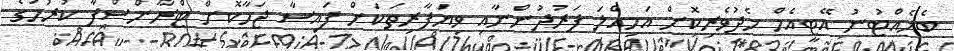
ބެހެއްޓުނު އޭޓީއެމް މެދުވެރިކޮށް އަމިއްލަ ފަރުދުންނާއި ވިޔަފާރިތަކަށް ފައިސާ ޖަމާކޮށް ޓްރާންސްފާ ކުރުމުގެ